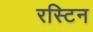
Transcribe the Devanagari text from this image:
रस्टिन